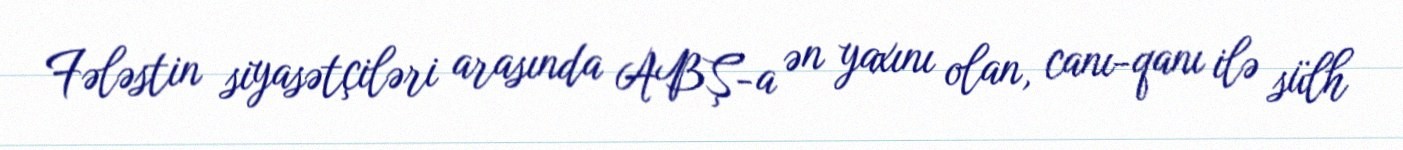
Fələstin siyasətçiləri arasında ABŞ-a ən yaxını olan, canı-qanı ilə sülh